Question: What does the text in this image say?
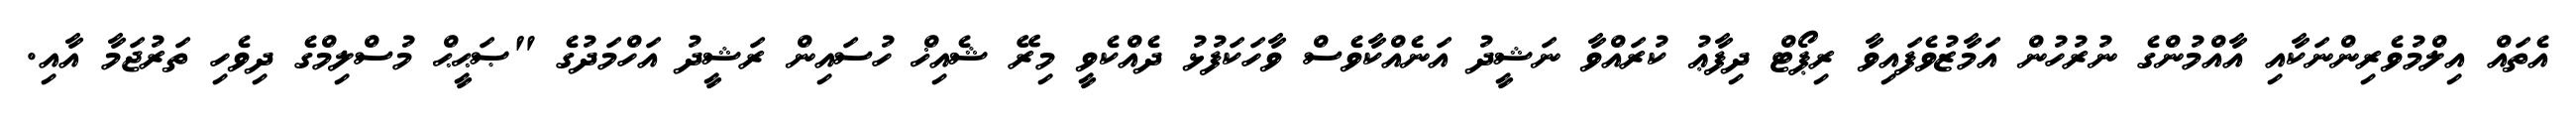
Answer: އެތައް އިލްމުވެރިންނަކާއި އާއްމުންގެ ނުރުހުން އަމާޒުވެފައިވާ ރިޕޯޓް ދިފާޢު ކުރައްވާ ނަޝީދު އަނެއްކާވެސް ވާހަކަފުޅު ދެއްކެވީ މިރޭ ޝެއިޚް ހުސައިން ރަޝީދު އަހްމަދުގެ "ޞަޙީޙް މުސްލިމްގެ ދިވެހި ތަރުޖަމާ އާއި.